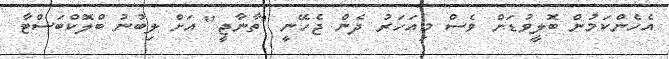
އެހެންކަމުން ބޮލީވުޑަށް ވެސް މިއަހަރު ދެން ޖެހޭނީ "ތާނާޖީ" އަށް ލިބުނު ބްލޮކްބަސްޓާ